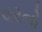
વરનો